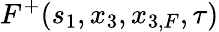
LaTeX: F^{+}(s_{1},x_{3},x_{3,F},\tau)